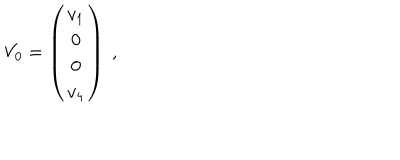
LaTeX: V _ { 0 } = \left( { \begin{matrix} { { v _ { 1 } } } \\ { { 0 } } \\ { { 0 } } \\ { { v _ { 4 } } } \\ \end{matrix} } \right) \ ,